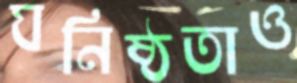
ঘনিষ্ঠতাও